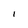
Character: l